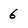
Character: 6